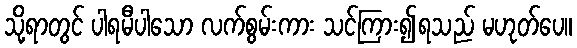
သို့ရာတွင် ပါရမီပါသော လက်စွမ်းကား သင်ကြား၍ရသည် မဟုတ်ပေ။